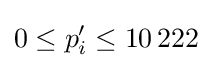
0\leq p'_{i}\leq 10\,222